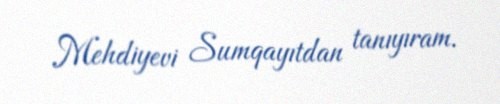
Mehdiyevi Sumqayıtdan tanıyıram.